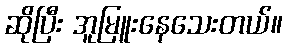
ဆိုပြီး အူမြူးနေသေးတယ်။